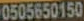
0505650150